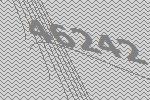
46242